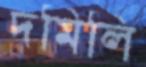
দমিলি